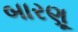
બારણૂ